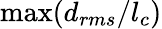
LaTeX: \operatorname*{max}(d_{rms}/l_{c})